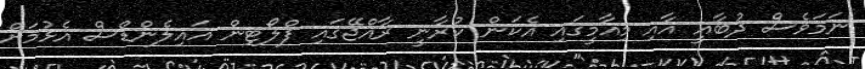
ނަމަވެސް ދުބާއީ އާއި މިއާމީގައި އެކަން ކުރާނީ ރާއްޖޭގައި ފްލޯޓިން އައިލެންޑްސް އެޅުމަށް